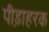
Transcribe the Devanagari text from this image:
पीड़ाहरक